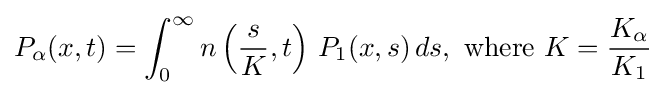
P_{\alpha }(x,t)=\int _{0}^{\infty }n\left({\frac {s}{K}},t\right)\,P_{1}(x,s)\,ds,{\text{ where }}K={\frac {K_{\alpha }}{K_{1}}}